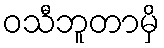
ဝသီဘူတာမှိ